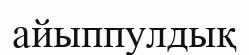
айыппулдық